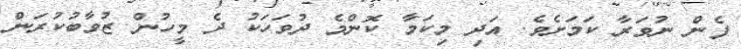
ފެން ނުވަރާ ކަމަށެވެ. އަދި މިކަމާ ކޮންމެ ދުވަހަކު ދެ މީހުން ޒުވާބުކުރަން